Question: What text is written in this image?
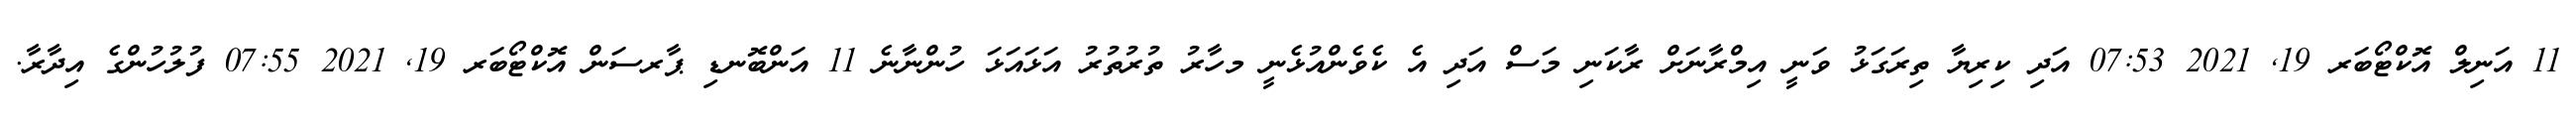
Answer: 11 އަނިލް އޮކްޓޯބަރ 19, 2021 07:53 އަދި ކިރިޔާ ތިރަގަޅު ވަނީ އިމްރާނަށް ރާކަނި މަސް އަދި އެ ކެވެންއުޅެނީ މހާރު ތުރުތުރު އަޅައަޅަ ހުންނާނެ 11 އަންބޮނޑި ޕާރސަން އޮކްޓޯބަރ 19, 2021 07:55 ފުލުހުންގެ އިދާރާ.